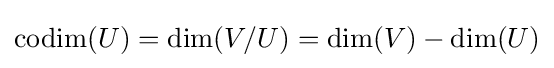
\mathrm {codim} (U)=\dim(V/U)=\dim(V)-\dim(U)